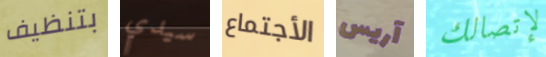
بتنظيف سيدي الأجتماع آريس لإتصالك